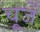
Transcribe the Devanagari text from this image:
चूजें